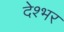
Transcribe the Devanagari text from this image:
देश्भर